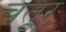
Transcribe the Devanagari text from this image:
चतूर